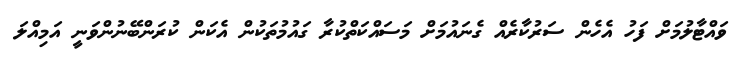
ވައްޓާލުމަށް ފަހު އެހެން ސަރުކާރެއް ގެނައުމަށް މަސައްކަތްކުރާ ގައުމުތަކުން އެކަން ކުރަންބޭނުންވަނީ އަމިއްލަ